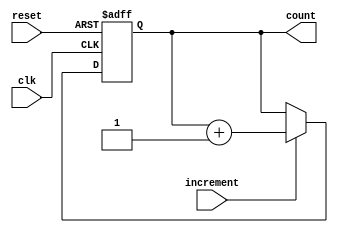
module Counter (
    input clk,
    input reset,
    input increment,
    output reg [7:0] count
);
    
always @(posedge clk or posedge reset) begin
    if (reset) begin
        count <= 8'd0;
    end else if (increment) begin
        count <= count + 1;
    end
end

endmodule